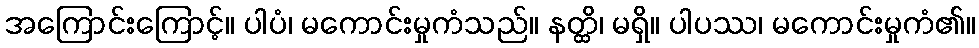
အကြောင်းကြောင့်။ ပါပံ၊ မကောင်းမှုကံသည်။ နတ္ထိ၊ မရှိ။ ပါပဿ၊ မကောင်းမှုကံ၏။